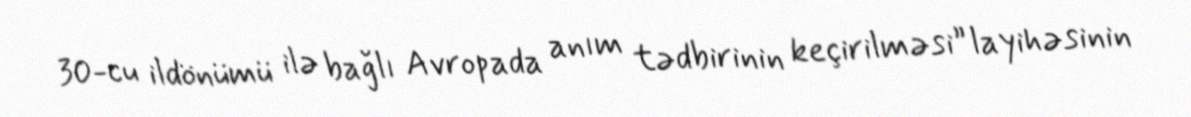
30-cu ildönümü ilə bağlı Avropada anım tədbirinin keçirilməsi” layihəsinin